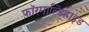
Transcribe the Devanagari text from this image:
फ़ॉरमाल्डिहाइड